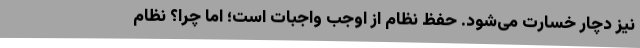
نیز دچار خسارت می‌شود. حفظ نظام از اوجب واجبات است؛ اما چرا؟ نظام